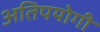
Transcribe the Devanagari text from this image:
अतिपयोगी